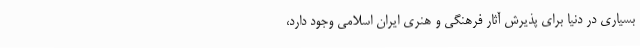
بسیاری در دنیا برای پذیرش آثار فرهنگی و هنری ایران اسلامی وجود دارد،